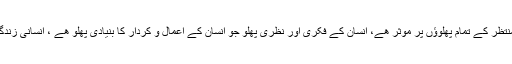
امام مھدی (عجل اللہ تعالیٰ فرجہ الشریف) کے ظھور کا انتظار، منتظر کے تمام پھلوؤں پر موثر ھے، انسان کے فکری اور نظری پھلو جو انسان کے اعمال و کردار کا بنیادی پھلو ھے ، انسانی زندگی کے بنیادی عقائد پر اپنے حصار کے ذریعہ حفاظت کرتا ھے۔